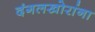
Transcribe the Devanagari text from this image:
दंगलखोरांना